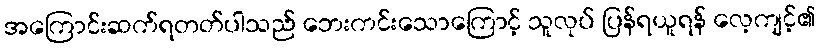
အကြောင်းဆက်ရတတ်ပါသည် ဘေးကင်းသောကြောင့် သူလုပ် ပြန်ရယူရန် လေ့ကျင့်၏